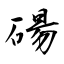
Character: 碭